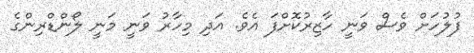
ފުލުހަށް ވެސް ވަނީ ހާޒިރުކޮށްފަ އެވެ. އަދި މިހާރު ވަނީ މަނީ ލޯންޑްރިންގެ